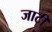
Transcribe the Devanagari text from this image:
जाटी